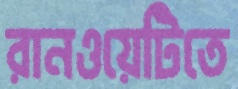
রানওয়েটিতে